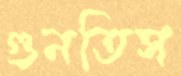
গুনতিস